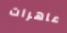
عاهرات